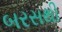
બરસથી